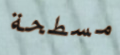
مسطحة